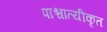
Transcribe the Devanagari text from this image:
पाश्चात्यीकृत